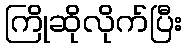
ကြိုဆိုလိုက်ပြီး